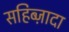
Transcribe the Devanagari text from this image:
सहिब्ज़ादा